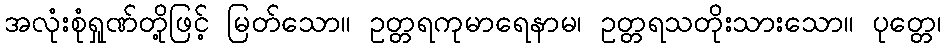
အလုံးစုံရှုဏ်တို့ဖြင့် မြတ်သော။ ဥတ္တရကုမာရေနာမ၊ ဥတ္တရသတိုးသားသော။ ပုတ္တေ၊